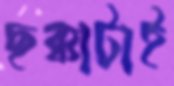
ছক্কাটাই